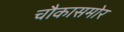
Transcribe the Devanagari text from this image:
चौकासमोर